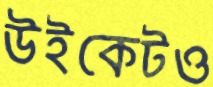
উইকেটও